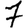
Digit: 7